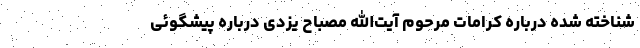
شناخته شده درباره کرامات مرحوم آیت‌الله مصباح یزدی درباره پیشگوئی